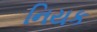
નિયક